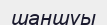
шаншуы